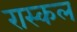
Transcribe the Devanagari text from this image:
रास्कल